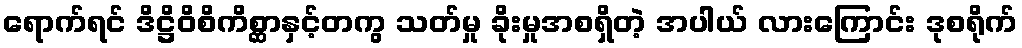
ရောက်ရင် ဒိဋ္ဌိဝိစိကိစ္ဆာနှင့်တကွ သတ်မှု ခိုးမှုအစရှိတဲ့ အပါယ် လားကြောင်း ဒုစရိုက်